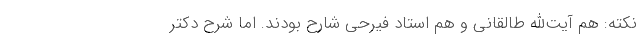
نکته: هم آیت‌الله طالقانی و هم استاد فیرحی شارح بودند. ‌اما شرح دکتر